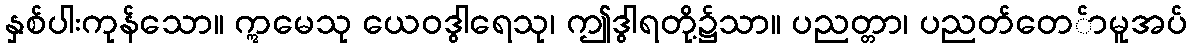
နှစ်ပါးကုန်သော။ ဣမေသု ယေဝဒွါရေသု၊ ဤဒွါရတို့၌သာ။ ပညတ္တာ၊ ပညတ်တေ်ာမူအပ်